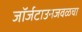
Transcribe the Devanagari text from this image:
जॉर्जटाउनजवळचा